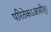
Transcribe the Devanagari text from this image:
परितेकऽआसीत्।